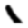
Digit: 1